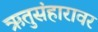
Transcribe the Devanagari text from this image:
ऋतुसंहारावर